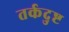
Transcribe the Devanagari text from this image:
तर्कदुष्ट